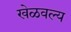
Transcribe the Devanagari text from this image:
खेळवल्य